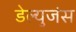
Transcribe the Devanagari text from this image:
डेल्युजंस